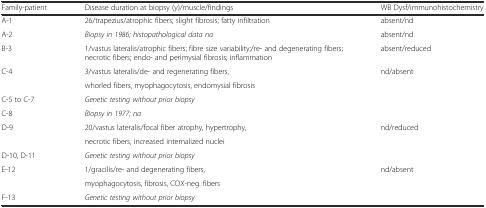
<table><thead><tr><td><b>Family-patient</b></td><td><b>Disease duration at biopsy (y)/muscle/findings</b></td><td><b>WB Dysf/immunohistochemistry</b></td></tr></thead><tbody><tr><td>A-1</td><td>26/trapezius/atrophic fibers; slight fibrosis; fatty infiltration</td><td>absent/nd</td></tr><tr><td>A-2</td><td><i>Biopsy in 1986; histopathological data na</i></td><td>absent/nd</td></tr><tr><td>B-3</td><td>1/vastus lateralis/atrophic fibers; fibre size variability;/re- and degenerating fibers; necrotic fibers; endo- and perimysial fibrosis; inflammation</td><td>absent/reduced</td></tr><tr><td>C-4</td><td>3/vastus lateralis/de- and regenerating fibers,</td><td>nd/absent</td></tr><tr><td></td><td>whorled fibers, myophagocytosis, endomysial fibrosis</td><td></td></tr><tr><td>C-5 to C-7</td><td><i>Genetic testing without prior biopsy</i></td><td></td></tr><tr><td>C-8</td><td><i>Biopsy in 1977; na</i></td><td></td></tr><tr><td>D-9</td><td>20/vastus lateralis/focal fiber atrophy, hypertrophy,</td><td>nd/reduced</td></tr><tr><td></td><td>necrotic fibers, increased internalized nuclei</td><td></td></tr><tr><td>D-10, D-11</td><td><i>Genetic testing without prior biopsy</i></td><td></td></tr><tr><td>E-12</td><td>1/gracilis/re- and degenerating fibers,</td><td>nd/absent</td></tr><tr><td></td><td>myophagocytosis, fibrosis, COX-neg. fibers</td><td></td></tr><tr><td>F-13</td><td><i>Genetic testing without prior biopsy</i></td><td></td></tr></tbody></table>